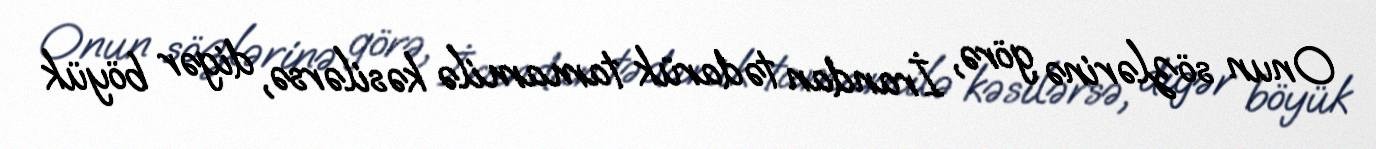
Onun sözlərinə görə, İrandan tədarük tamamilə kəsilərsə, digər böyük